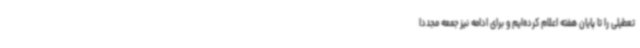
تعطیلی را تا پایان هفته اعلام کرده‌ایم و برای ادامه نیز جمعه مجددا